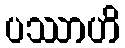
ပဿာဟိ